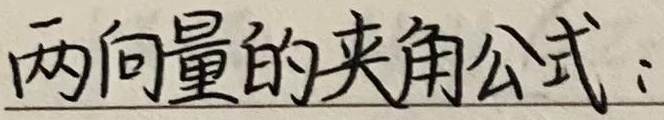
两向量的夹角公式：